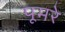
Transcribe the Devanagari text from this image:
पूमरे